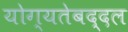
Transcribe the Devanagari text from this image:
योग्यतेबद्दल